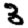
Digit: 3